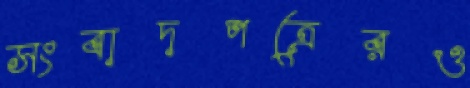
সংবাদপত্রেরও